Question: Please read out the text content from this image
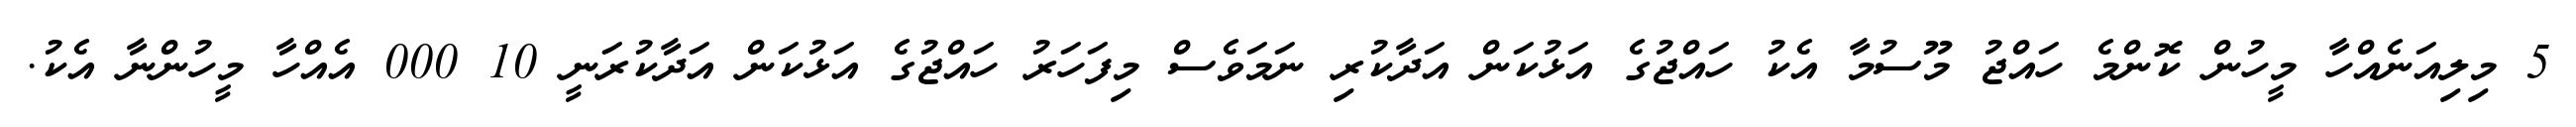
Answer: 5 މިލިއަނެއްހާ މީހުން ކޮންމެ ހައްޖު މޫސުމާ އެކު ހައްޖުގެ އަޅުކަން އަދާކުރި ނަމަވެސް މިފަހަރު ހައްޖުގެ އަޅުކަން އަދާކުރަނީ 10 000 އެއްހާ މީހުންނާ އެކު.